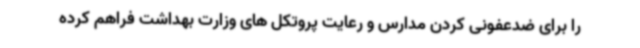
را برای ضدعفونی کردن مدارس و رعایت پروتکل های وزارت بهداشت فراهم کرده